Vaccination in Burma 1920-1933 - 1920-1933
Year: 1920
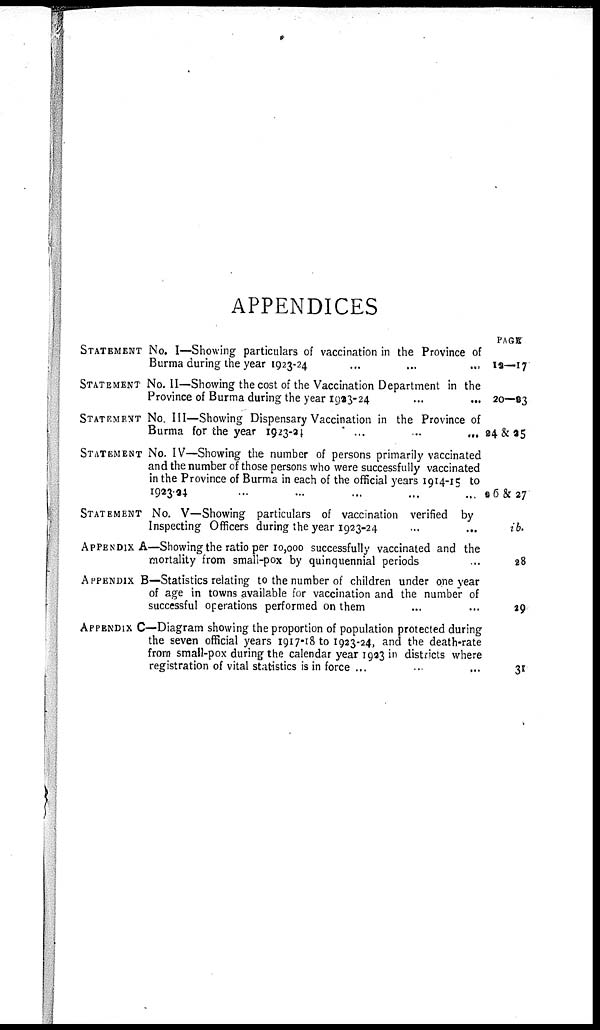
APPENDICES
STATEMENT No. I—Showing particulars of vaccination in the Province of
Burma during the year 1923-24
...
...
...
STATEMENT No. II—Showing the cost of the Vaccination Department in the
Province of Burma during the year 1923-24 ... ... ...
STATEMENT No. III—Showing Dispensary Vaccination in the Province of
Burma for the year 1923-24
...
..
...
STATEMENT No. IV—Showing the number of persons primarily vaccinated
and the number of those persons who were successfully vaccinated
in the Province of Burma in each of the official years 1914-15 to
STATEMENT No. V—Showing particulars of vaccination verified by
Inspecting Officers during the year 1923-24
...
...
APPENDIX A—Showing the ratio per 10,000 successfully vaccinated and the
mortality from small-pox by quinquennial periods ...
APPENDIX B—Statistics relating to the number of children under one year
of age in towns available for vaccination and the number of
successful operations performed on them ... ...
APPENDIX C—Diagram showing the proportion of population protected during
the seven official years 1917-18 to 1923-24, and the death-rate
from small-pox during the calendar year 1993 in districts where
registration of vital statistics is in force ... ... ...
PAGE
12—17
20—93
94 & 25
26 & 27
ib.
28
29
31